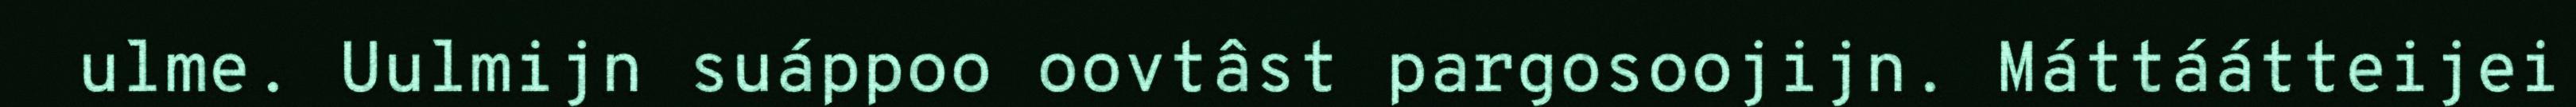
ulme. Uulmijn suáppoo oovtâst pargosoojijn. Máttáátteijei